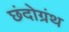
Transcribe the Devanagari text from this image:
छंदोग्रंथ